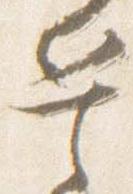
兵